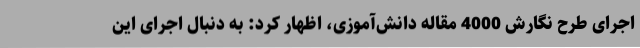
اجرای طرح نگارش 4000 مقاله دانش‌آموزی، اظهار کرد: به دنبال اجرای این